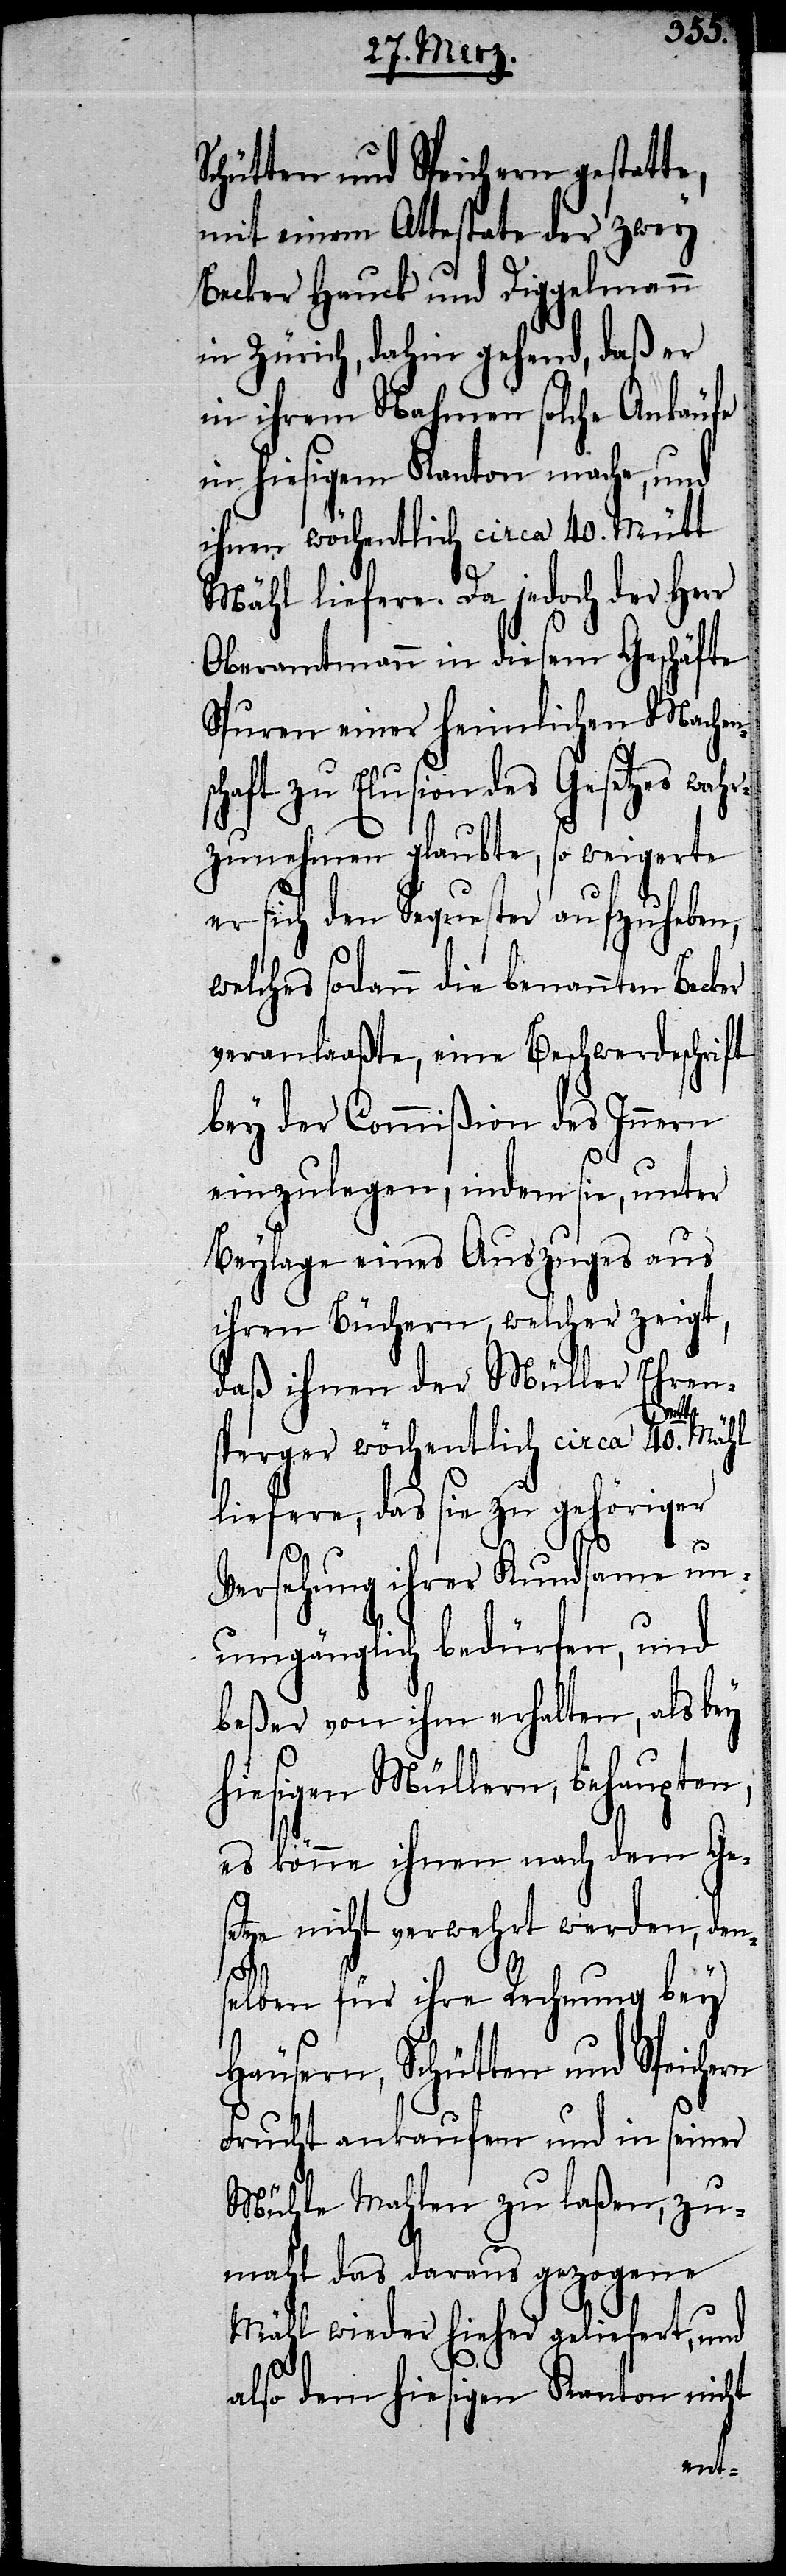
Schütten und Speichern gestatte,
mit einem Attestate der zwey
Becker Hauck und Diggelmann
in Zürich, dahin gehend, daß er
in ihrem Nahmen solche Ankäufe
in hiesigem Kanton mache, und
ihnen wöchentlich circa 40. Mütt
Mähl liefere. Da jedoch der Herr
Oberamtmann in diesem Geschäfte
Spuren einer heimlichen Machen¬
haft zu Elusion des Gesetzes wah¬
rzunehmen glaubte, so weigerte
er sich den Sequester aufzuheben,
welches sodann die benannten Becker
veranlaaßte, eine Beschwerdeschrift
bey der Commißion des Innern
einzulegen, indem sie, unter
Beylage eines Auszuges aus
ihren Büchern, welcher zeigt,
daß ihnen der Müller Ehren¬
rn
sperger wöchentlich circa 40.mtt.
liefere, das sie zu gehöriger
Versehung ihrer Kundsame un¬
umgänglich bedürfen, und
beßer von ihm erhalten, als bey
hiesigen Müllern, behaupten,
es könne ihnen nach dem Ge¬
setze nicht verwehrt werden, den¬
selben für ihre Rechnung bey
Häusern, Schütten und Speiche¬
Frucht ankaufen und in seiner
Mühle Mahlen zu laßen, zu¬
mahl das daraus gezogene
Mähl wieder hieher geliefert, und
also dem hiesigen Kanton nicht